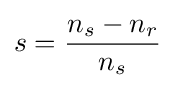
s={\frac {n_{s}-n_{r}}{n_{s}}}